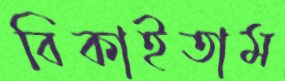
বিকাইতাম